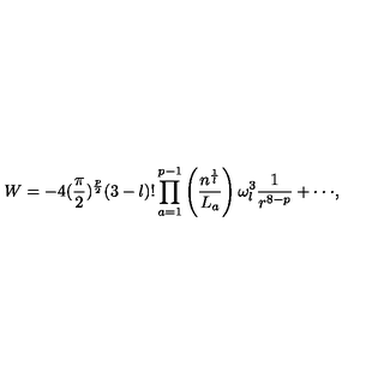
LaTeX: W = - 4 ( \frac { \pi } { 2 } ) ^ { \frac { p } { 2 } } ( 3 - l ) ! \prod _ { a = 1 } ^ { p - 1 } \left( \frac { n ^ { \frac { 1 } { l } } } { L _ { a } } \right) \omega _ { l } ^ { 3 } \frac 1 { r ^ { 8 - p } } + \cdot \cdot \cdot ,